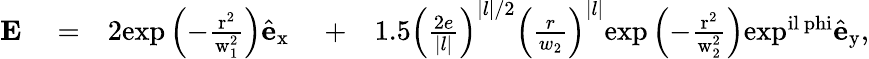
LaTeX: \begin{array}{rlrlr}{\mathbf{E}}&{{}=}&{2\mathrm{{exp}\left(-\frac{r^{2}}{w_{1}^{2}}\right)\hat{\mathbf{e}}_{x}\ }}&{{}+}&{1.5\left(\frac{2e}{|l|}\right)^{|l|/2}\left(\frac{r}{w_{2}}\right)^{|l|}\mathrm{{exp}\left(-\frac{r^{2}}{w_{2}^{2}}\right)\mathrm{exp}^{il\ phi}\hat{\mathbf{e}}_{y},}}\end{array}